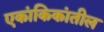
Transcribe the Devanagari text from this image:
एकांकिकांतील